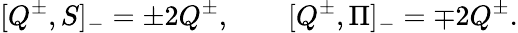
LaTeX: [Q^{\pm},S]_{-}=\pm 2Q^{\pm},\qquad[Q^{\pm},\Pi]_{-}=\mp 2Q^{\pm}.